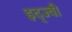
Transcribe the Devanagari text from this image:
इद्ज्वी